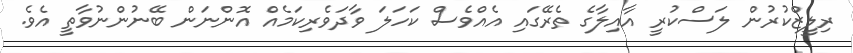
ރިލީޒްކުރުން ލަސްކުރީ އާއިލާގެ ތެރޭގައި އެއްވެސް ކަހަލަ ވާދަވެރިކަމެއް އޮންނަން ބޭނުންނުވާތީ އެވެ.